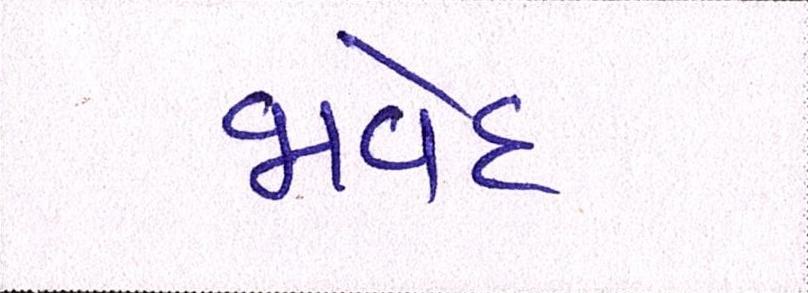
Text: જાવેદ